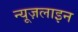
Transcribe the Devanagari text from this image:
न्यूज़लाइन